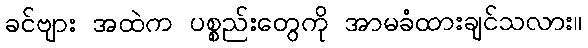
ခင်ဗျား အထဲက ပစ္စည်းတွေကို အာမခံထားချင်သလား။